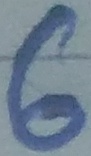
Text: 6